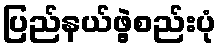
ပြည်နယ်ဖွဲ့စည်းပုံ